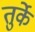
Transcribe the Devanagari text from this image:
तुर्के